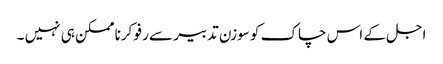
اجل کے اس چاک کو سوزن تدبیر سے رفو کرنا ممکن ہی نہیں ۔